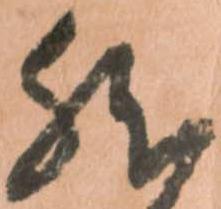
然